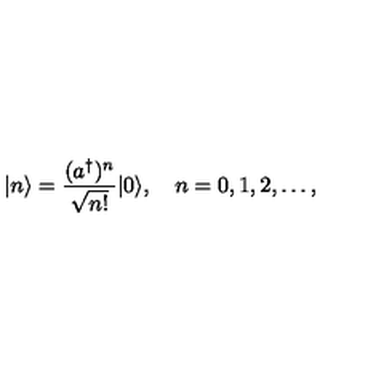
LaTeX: | n \rangle = { \frac { ( a ^ { \dagger } ) ^ { n } } { \sqrt { n ! } } } | 0 \rangle , \quad n = 0 , 1 , 2 , \ldots ,